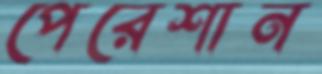
পেরেশান